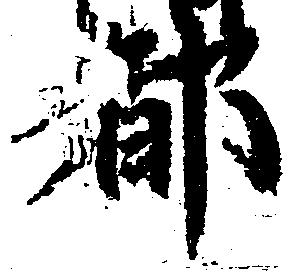
都